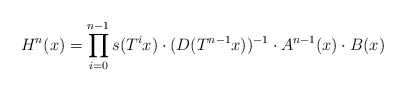
\begin{align*}H\sp n(x)=\prod_{i=0}\sp{n-1}s(T\sp ix)\cdot (D(T\sp{n-1}x))\sp{-1}\cdot A\sp{n-1}(x)\cdot B(x)\end{align*}